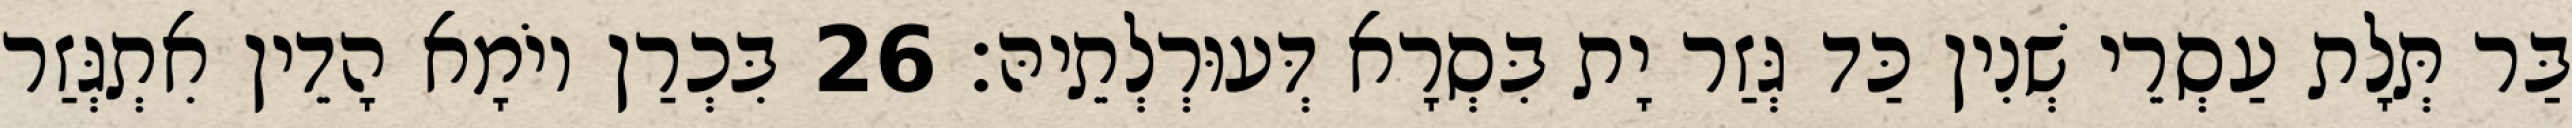
בַּר תְּלָת עַסְרֵי שְׁנִין כַּד גְּזַר יָת בִּסְרָא דְּעוּרְלְתֵיהּ׃ 26 בִּכְרַן יוֹמָא הָדֵין אִתְגְּזַר